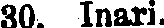
30. Inari.